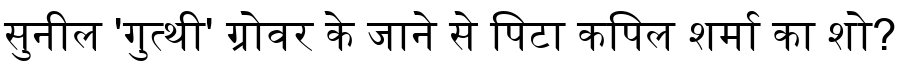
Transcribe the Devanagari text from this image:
सुनील 'गुत्थी' ग्रोवर के जाने से पिटा कपिल शर्मा का शो?